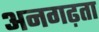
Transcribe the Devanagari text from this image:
अनगढ़ता